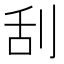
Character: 刮